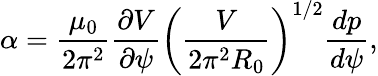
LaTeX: \alpha=\frac{\mu_{\mathrm{0}}}{2\pi^{2}}\frac{\partial V}{\partial\psi}\bigg(\frac{V}{2\pi^{2}R_{\mathrm{0}}}\bigg)^{1/2}\frac{dp}{d\psi},